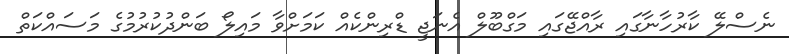
ނެސްލޭ ކާރުހާނާގައި ރާއްޖޭގައި މަގްބޫލް އެނަޖީ ޑްރިންކެއް ކަމަށްވާ މައިލޯ ބަންދުކުރުމުގެ މަސައްކަތް